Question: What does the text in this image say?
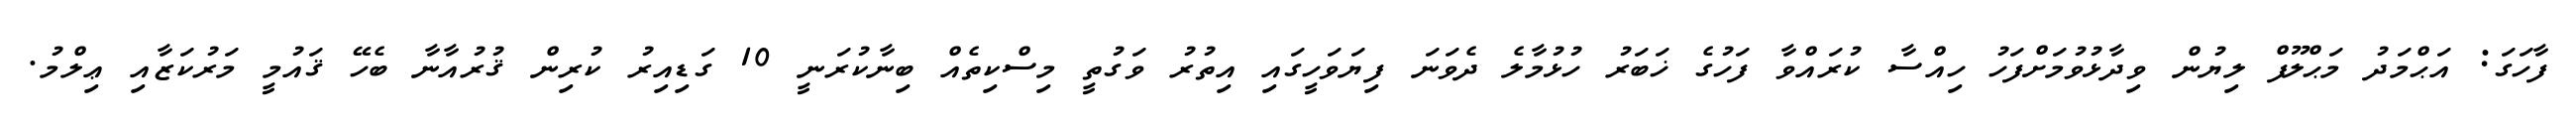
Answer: ފާހަގަ: އަޙްމަދު މަޙްލޫފް ލިޔުން ވިދާޅުވުމަށްފަހު ހިއްސާ ކުރައްވާ ފަހުގެ ޚަބަރު ހުޅުމާލެ ދެވަނަ ފިޔަވަހީގައި އިތުރު ވަގުތީ މިސްކިތެއް ބިނާކުރަނީ 10 ގަޑިއިރު ކުރިން ޤުރުއާނާ ބެހޭ ޤައުމީ މަރުކަޒާއި ޢިލްމު.